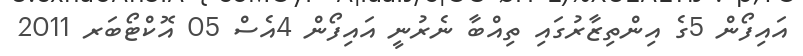
އައިފޯން 5ގެ އިންތިޒާރުގައި ތިއްބާ ނެރުނީ އައިފޯން 4އެސް 05 އޮކްޓޯބަރ 2011